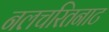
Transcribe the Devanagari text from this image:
नलचरितनाट